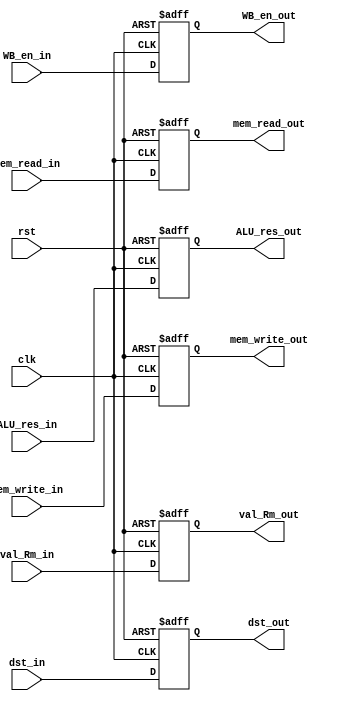
`timescale 1ns / 1ns

`define WORD_WIDTH 32
`define REG_FILE_ADDRESS_LEN 4
`define REG_FILE_SIZE 16
`define MEMORY_DATA_LEN 8
`define MEMORY_SIZE 2048
`define SIGNED_IMM_WIDTH 24
`define SHIFTER_OPERAND_WIDTH 12

`define INSTRUCTION_LEN         32
`define INSTRUCTION_MEM_SIZE    2048
`define DATA_MEM_SIZE 64

`define LSL_SHIFT 2'b00
`define LSR_SHIFT 2'b01
`define ASR_SHIFT 2'b10
`define ROR_SHIFT 2'b11

`define MODE_ARITHMETIC 2'b00
`define MODE_MEM 2'b01
`define MODE_BRANCH 2'b10

`define EX_MOV 4'b0001
`define EX_MVN 4'b1001
`define EX_ADD 4'b0010
`define EX_ADC 4'b0011
`define EX_SUB 4'b0100
`define EX_SBC 4'b0101
`define EX_AND 4'b0110
`define EX_ORR 4'b0111
`define EX_EOR 4'b1000
`define EX_CMP 4'b0100     ///1100
`define EX_TST 4'b0110     ///1110
`define EX_LDR 4'b0010     ///1010
`define EX_STR 4'b0010     ///1010

`define OP_MOV 4'b1101
`define OP_MVN 4'b1111
`define OP_ADD 4'b0100
`define OP_ADC 4'b0101
`define OP_SUB 4'b0010
`define OP_SBC 4'b0110
`define OP_AND 4'b0000
`define OP_ORR 4'b1100
`define OP_EOR 4'b0001
`define OP_CMP 4'b1010
`define OP_TST 4'b1000
`define OP_LDR 4'b0100
`define OP_STR 4'b0100

module Exec_Stage_Reg (clk, rst, dst_in, mem_read_in, mem_write_in, WB_en_in, val_Rm_in, ALU_res_in, dst_out, ALU_res_out, val_Rm_out, mem_read_out, mem_write_out, WB_en_out);
    input clk, rst;
    input  [`REG_FILE_ADDRESS_LEN-1:0] dst_in;
    input  mem_read_in, mem_write_in, WB_en_in;
    input  [`WORD_WIDTH-1:0] val_Rm_in;
    input [`WORD_WIDTH-1:0] ALU_res_in;

    output reg [`REG_FILE_ADDRESS_LEN-1:0] dst_out;
    output reg [`WORD_WIDTH-1:0] ALU_res_out;
    output reg [`WORD_WIDTH-1:0] val_Rm_out;
    output reg mem_read_out, mem_write_out, WB_en_out;

    always @(posedge clk, posedge rst) begin
        if(rst) begin
        dst_out <= 0;
        ALU_res_out <= 0;
        val_Rm_out <= 0;
        mem_read_out <= 0;
        mem_write_out <= 0;
        WB_en_out <= 0;
        end
        else begin
        dst_out <= dst_in;
        ALU_res_out <= ALU_res_in;
        val_Rm_out <= val_Rm_in;
        mem_read_out <= mem_read_in;
        mem_write_out <= mem_write_in;
        WB_en_out <= WB_en_in;
        end
    end
endmodule